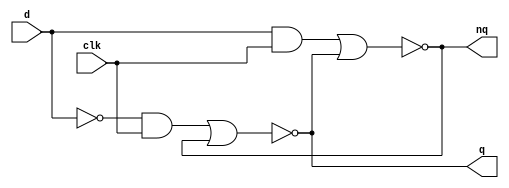
`timescale 1ns / 1ps
module D_FF(
input d, clk,
output q, nq
    );
assign q = ~((~d & clk) | nq);
assign nq = ~((d & clk) | q);
endmodule